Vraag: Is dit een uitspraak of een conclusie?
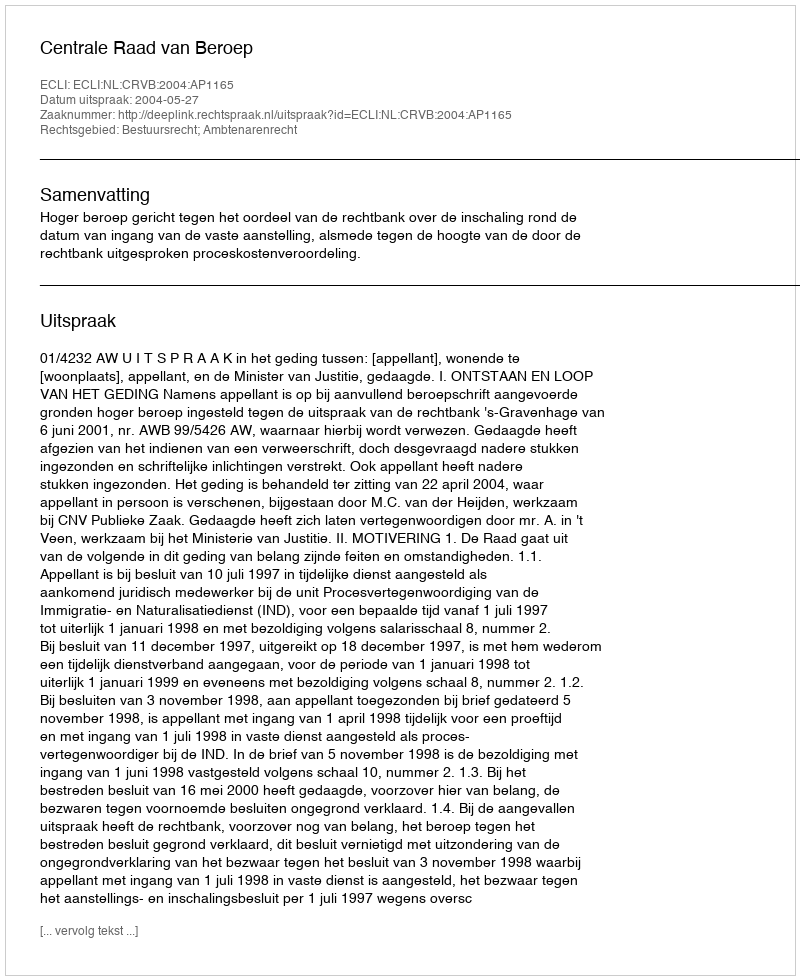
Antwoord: Uitspraak